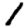
Digit: 1